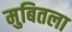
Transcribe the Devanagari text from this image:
मुबितला